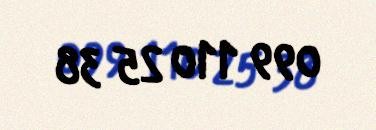
099 110 25 38